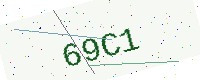
Text: 69C1